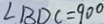
\angle B D C = 9 0 ^ { \circ }